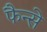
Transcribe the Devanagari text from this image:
फैन्से